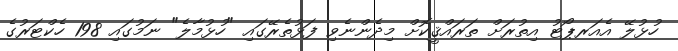
ހުޅުލޭ އެއަރޕޯޓު އިތުރަށް ތަރައްޤީކޮށް މިދެންނެވި ފަޅުތެރޭގައި "ހުޅުމާލެ" ނަމުގައި 198 ހެކްޓަރުގެ